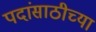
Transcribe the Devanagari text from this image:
पदांसाठीच्या